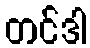
တင်ဒါ